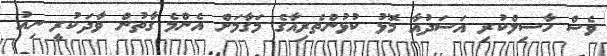
ވެސް ހާސިލްކުރި އަސަދުއާ މޮޅު ކުޅުންތެރިއާގެ މަގާމަށް އެންމެ ގާތުން ވާދަކުރީ ނިއު